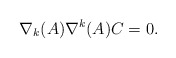
\begin{align*}\nabla_{k}(A)\nabla^{k}(A) C = 0.\end{align*}